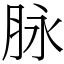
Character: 脉